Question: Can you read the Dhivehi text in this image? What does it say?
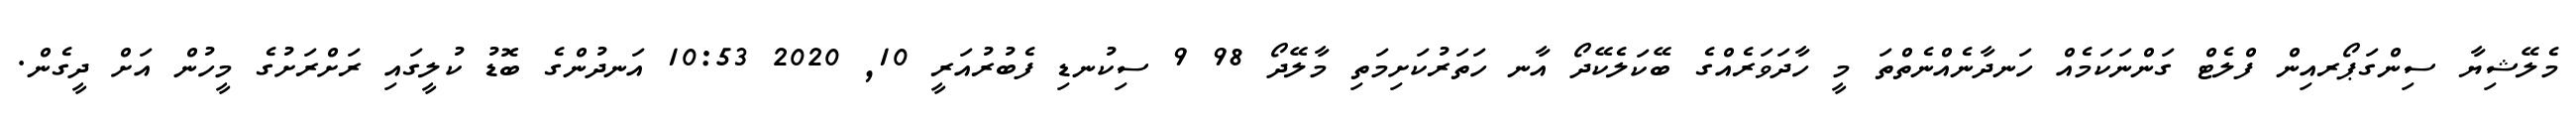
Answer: މެލޭޝިޔާ ސިންގަޕޯރއިން ފްލެޓް ގަންނަކަމެއް ހަނދާނެއްނެތްތަ މީ ހާދަވަރެއްގެ ބޭކަލެކޭދޯ އާނ ހަތަރުކަށިމަތި މާލޭދޯ 98 9 ސިކުނޑި ފެބުރުއަރީ 10, 2020 10:53 އަނދުންގެ ބޮޑު ކުލީގައި ރަށްރަށުގެ މީހުން އަށް ދީގެން.